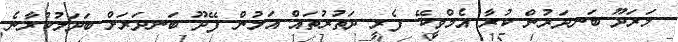
މަރަދޫ ބަނދަރުން ކުރާ އެމްވީކޭ ފެރީ ދަތުރުތައް އަލުން ފޭދޫ ބަނދަރަށް ބަދަލުކުރާނެ